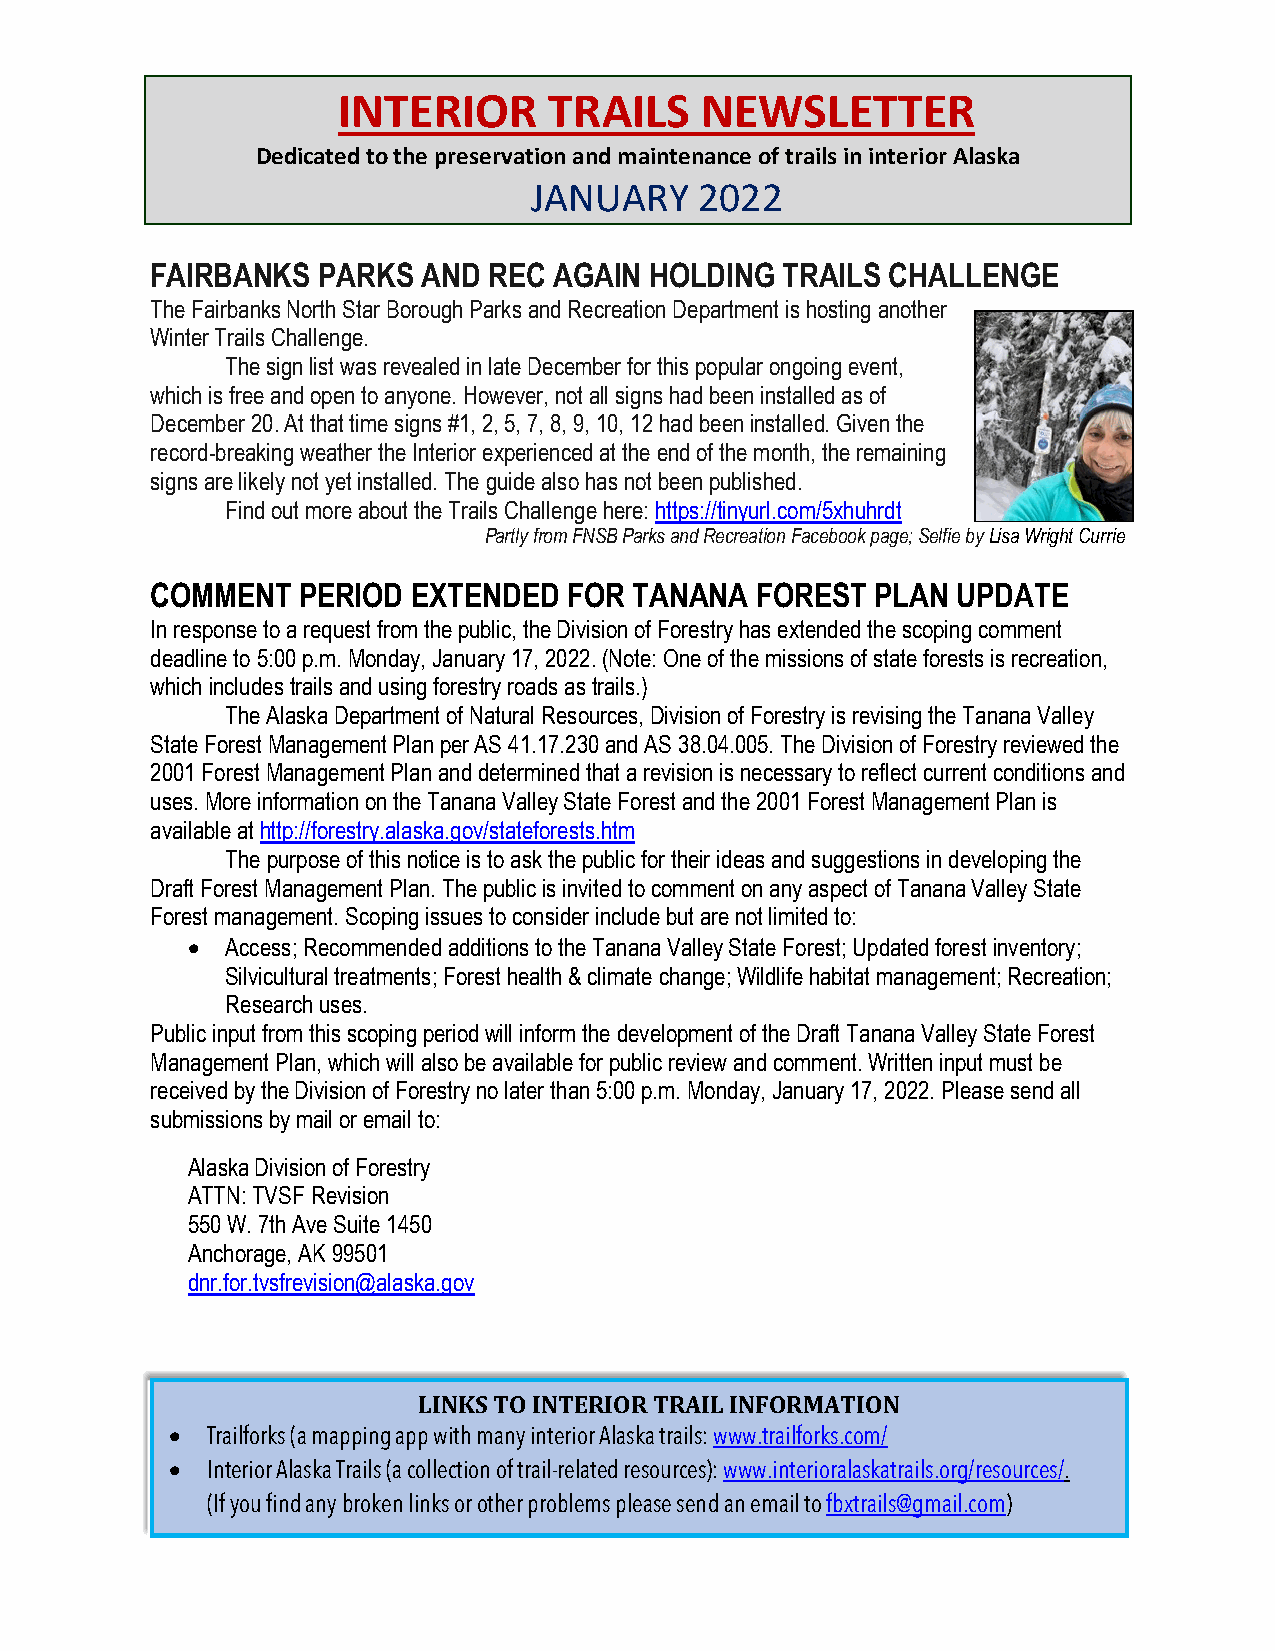
INTERIOR      TRAILS    NEWSLETTER
 Dedicated to the preservation and maintenance of trails in interior Alaska
 JANUARY    2022
 FAIRBANKS  PARKS  AND REC  AGAIN HOLDING  TRAILS CHALLENGE
 The Fairbanks North Star Borough Parks and Recreation Department is hosting another
 Winter Trails Challenge.
 The sign list was revealed in late December for this popular ongoing event,
 which is free and open to anyone. However, not all signs had been installed as of
 December 20. At that time signs #1, 2, 5, 7, 8, 9, 10, 12 had been installed. Given the
 record-breaking weather the Interior experienced at the end of the month, the remaining
 signs are likely not yet installed. The guide also has not been published.
 Find out more about the Trails Challenge here: https://tinyurl.com/5xhuhrdt
 Partly from FNSB Parks and Recreation Facebook page; Selfie by Lisa Wright Currie
 COMMENT   PERIOD EXTENDED   FOR TANANA  FOREST  PLAN UPDATE
 In response to a request from the public, the Division of Forestry has extended the scoping comment
 deadline to 5:00 p.m. Monday, January 17, 2022. (Note: One of the missions of state forests is recreation,
 which includes trails and using forestry roads as trails.)
 The Alaska Department of Natural Resources, Division of Forestry is revising the Tanana Valley
 State Forest Management Plan per AS 41.17.230 and AS 38.04.005. The Division of Forestry reviewed the
 2001 Forest Management Plan and determined that a revision is necessary to reflect current conditions and
 uses. More information on the Tanana Valley State Forest and the 2001 Forest Management Plan is
 available at http://forestry.alaska.gov/stateforests.htm
 The purpose of this notice is to ask the public for their ideas and suggestions in developing the
 Draft Forest Management Plan. The public is invited to comment on any aspect of Tanana Valley State
 Forest management. Scoping issues to consider include but are not limited to:
 •  Access; Recommended additions to the Tanana Valley State Forest; Updated forest inventory;
 Silvicultural treatments; Forest health & climate change; Wildlife habitat management; Recreation;
 Research uses.
 Public input from this scoping period will inform the development of the Draft Tanana Valley State Forest
 Management Plan, which will also be available for public review and comment. Written input must be
 received by the Division of Forestry no later than 5:00 p.m. Monday, January 17, 2022. Please send all
 submissions by mail or email to:
 Alaska Division of Forestry
 ATTN: TVSF Revision
 550 W. 7th Ave Suite 1450
 Anchorage, AK 99501
 dnr.for.tvsfrevision@alaska.gov
 1                 LINKS TO INTERIOR TRAIL INFORMATION
 •  Trailforks (a mapping app with many interior Alaska trails: www.trailforks.com/
 •  Interior Alaska Trails (a collection of trail-related resources): www.interioralaskatrails.org/resources/.
 (If you find any broken links or other problems please send an email to fbxtrails@gmail.com)